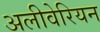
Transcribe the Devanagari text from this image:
अलीवेरियन